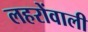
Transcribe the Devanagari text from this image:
लहरोंवाली